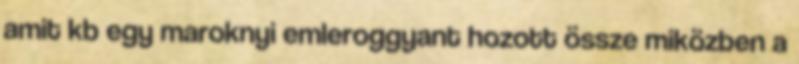
amit kb egy maroknyi emleroggyant hozott össze miközben a